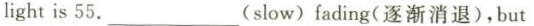
light is 55.___(slow) fading(逐渐消退), but